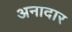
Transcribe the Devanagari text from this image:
अनादार